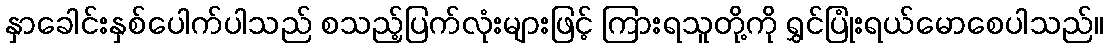
နှာခေါင်းနှစ်ပေါက်ပါသည် စသည့်ပြက်လုံးများဖြင့် ကြားရသူတို့ကို ရွှင်ပြုံးရယ်မောစေပါသည်။